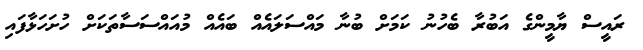
ރައީސް ޔާމީންގެ އަބުރާ ބެހުނު ކަމަށް ބުނާ މައްސަލައެއް ބައެއް މުއައްސަސާތަަކަށް ހުށަހަޅާފައި